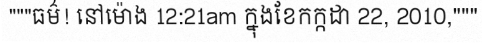
"""ធម៌! នៅម៉ោង 12:21am ក្នុងខែកក្កដា 22, 2010,"""